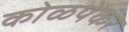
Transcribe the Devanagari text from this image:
कोळपेकर